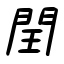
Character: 閏